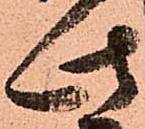
此